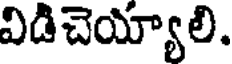
విడిచెయ్యాలి.